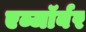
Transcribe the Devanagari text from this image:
एब्जॉर्बर